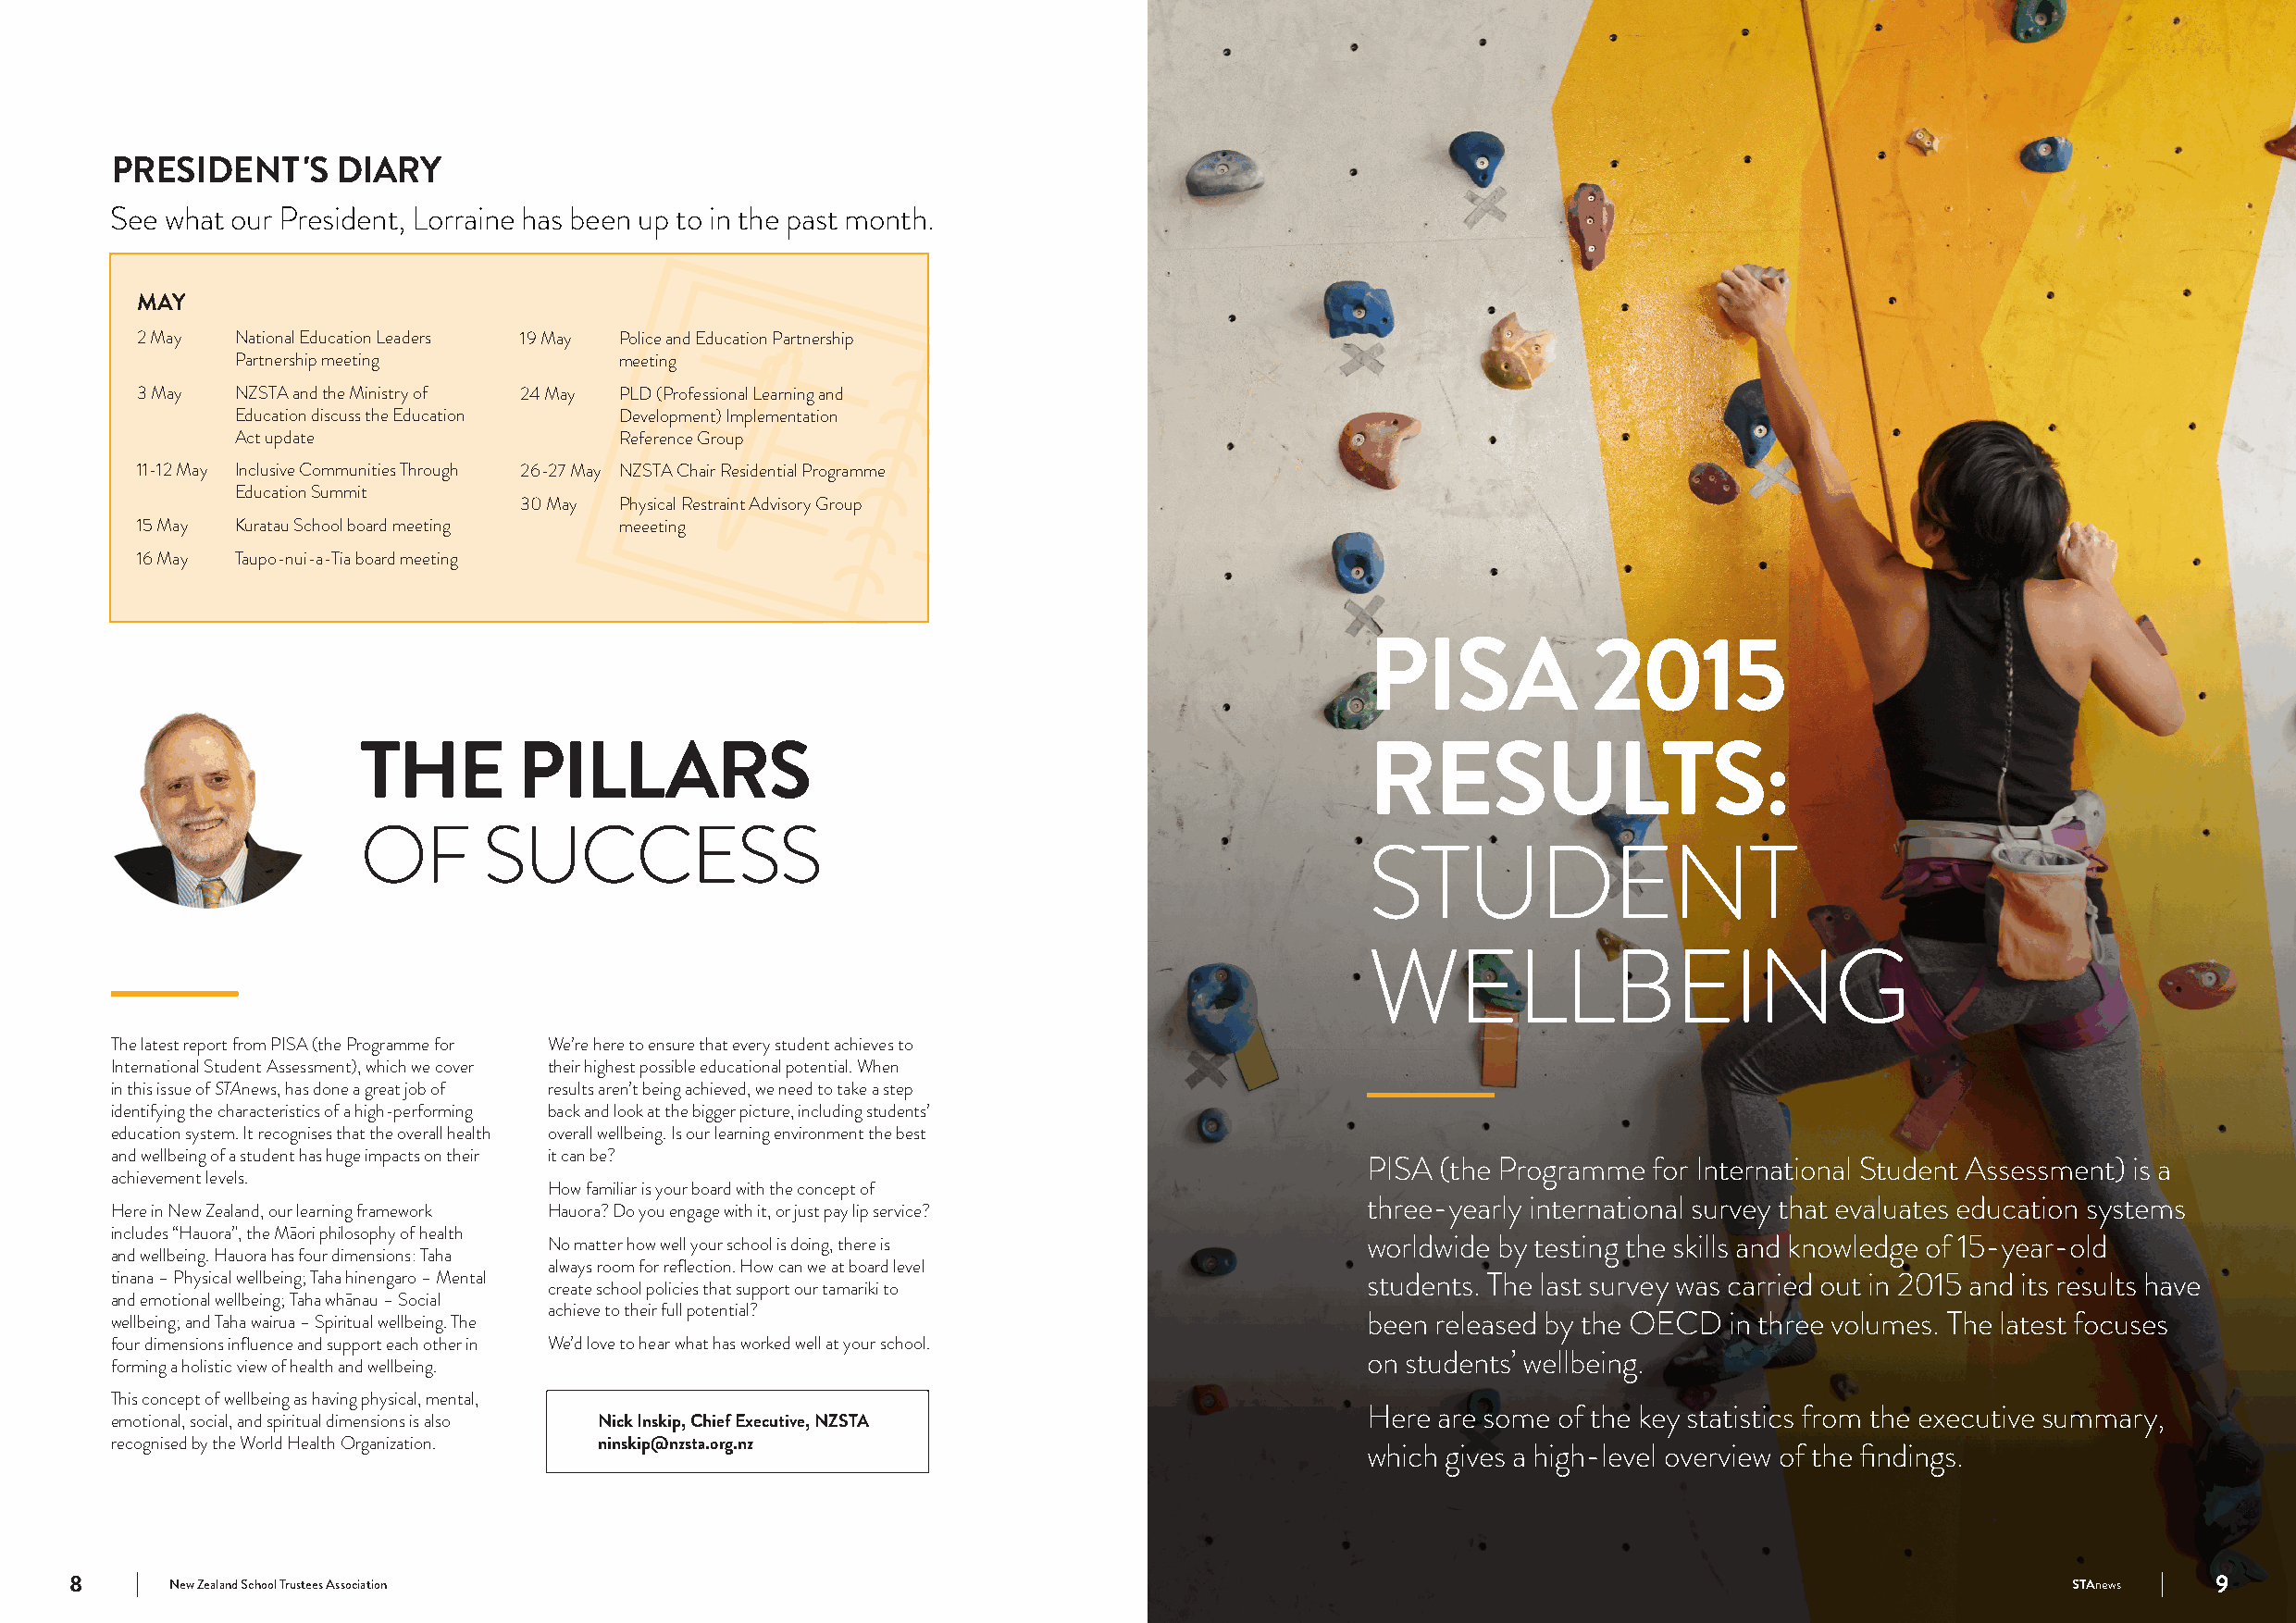
PRESIDENT     'S DIARY
 See what our President, Lorraine has been up to in the past month.
 MAY
 2 May  National Education Leaders 19 May Police and Education Partnership
 Partnership meeting        meeting
 3 May  NZSTA and the Ministry of 24 May PLD (Professional Learning and
 Education discuss the Education Development) Implementation
 Act update                 Reference Group
 11-12 May Inclusive Communities Through 26-27 May NZSTA Chair Residential Programme
 Education Summit
 30 May Physical Restraint Advisory Group
 15 May Kuratau School board meeting meeeting
 16 May Taupo-nui-a-Tia board meeting
 PISA            2015
 THE        PILLARS                                                      RESULTS:
 OF       SUCCESS
 STUDENT
 WELLBEING
 The latest report from PISA (the Programme for We’re here to ensure that every student achieves to
 International Student Assessment), which we cover their highest possible educational potential. When
 in this issue of STAnews, has done a great job of results aren’t being achieved, we need to take a step
 identifying the characteristics of a high-performing back and look at the bigger picture, including students’
 education system. It recognises that the overall health overall wellbeing. Is our learning environment the best
 and wellbeing of a student has huge impacts on their it can be?
 PISA (the Programme for International Student Assessment) is a
 achievement levels.
 How familiar is your board with the concept of
 three-yearly international survey that evaluates education systems
 Here in New Zealand, our learning framework Hauora? Do you engage with it, or just pay lip service?
 includes “Hauora”, the Māori philosophy of health
 No matter how well your school is doing, there is          worldwide by testing the skills and knowledge of 15-year-old
 and wellbeing. Hauora has four dimensions: Taha
 always room for reflection. How can we at board level
 tinana – Physical wellbeing; Taha hinengaro – Mental                                      students. The last survey was carried out in 2015 and its results have
 create school policies that support our tamariki to
 and emotional wellbeing; Taha whānau – Social
 achieve to their full potential?
 wellbeing; and Taha wairua – Spiritual wellbeing. The                                     been released by the OECD in three volumes. The latest focuses
 four dimensions influence and support each other in We’d love to hear what has worked well at your school.
 on students’ wellbeing.
 forming a holistic view of health and wellbeing.
 This concept of wellbeing as having physical, mental,
 Here are some of the key statistics from the executive summary,
 emotional, social, and spiritual dimensions is also Nick Inskip, Chief Executive, NZSTA
 recognised by the World Health Organization. ninskip@nzsta.org.nz
 which gives a high-level overview of the findings.
 8      New Zealand School Trustees Association                                                                                                 STAnews   9